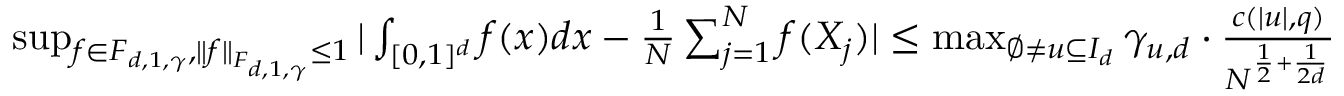
\begin{array} { r } { \operatorname* { s u p } _ { f \in F _ { d , 1 , \gamma } , \| f \| _ { F _ { d , 1 , \gamma } } \leq 1 } | \int _ { [ 0 , 1 ] ^ { d } } f ( x ) d x - \frac { 1 } { N } \sum _ { j = 1 } ^ { N } f ( X _ { j } ) | \leq \operatorname* { m a x } _ { \emptyset \neq u \subseteq I _ { d } } \gamma _ { u , d } \cdot \frac { c ( | u | , q ) } { N ^ { \frac { 1 } { 2 } + \frac { 1 } { 2 d } } } } \end{array}